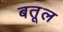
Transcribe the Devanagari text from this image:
बतूल